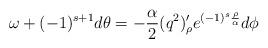
LaTeX: \begin{align*}\omega + (-1)^{s+1}d \theta =-{\alpha \over 2} (q^2)'_{\rho} e^{(-1)^s {\rho\over \alpha}}d \phi\end{align*}